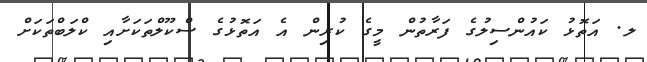
ލ. އަތޮޅު ކައުންސިލުގެ ފަރާތުން މީގެ ކުރިން އެ އަތޮޅުގެ ސްކޫލްތަކަށާއި ކްލަބްތަކަށް